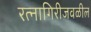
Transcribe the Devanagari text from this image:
रत्‍नागिरीजवळील